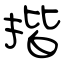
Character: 揩